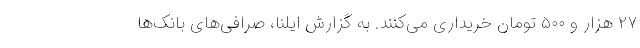
۲۷ هزار و ۵۰۰ تومان خریداری می‌کنند. به گزارش ایلنا، صرافی‌های بانک‌ها